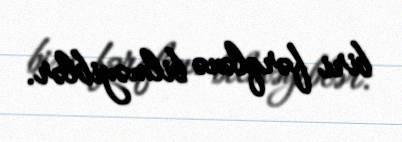
biri fərqlənə bilməyiblər.